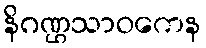
နိဂဏ္ဌသာဝကေန